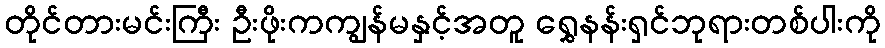
တိုင်တားမင်းကြီး ဦးဖိုးကကျွန်မနှင့်အတူ ရွှေနန်းရှင်ဘုရားတစ်ပါးကို